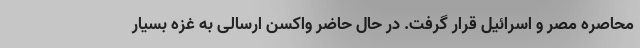
محاصره مصر و اسرائیل قرار گرفت. در حال حاضر واکسن ارسالی به غزه بسیار